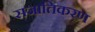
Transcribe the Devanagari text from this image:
सजातिकरण